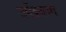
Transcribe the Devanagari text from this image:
उपेंद्रवज्रा